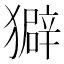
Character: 𤢣